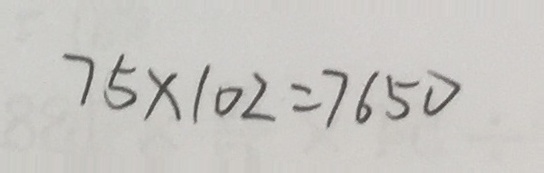
7 5 \times 1 0 2 = 7 6 5 0